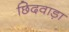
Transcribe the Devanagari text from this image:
छिदवाड़ा